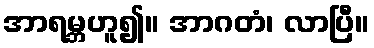
အာရမ္ဘဟူ၍။ အာဂတံ၊ လာပြီ။